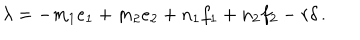
\lambda = - m _ { 1 } e _ { 1 } + m _ { 2 } e _ { 2 } + n _ { 1 } f _ { 1 } + n _ { 2 } f _ { 2 } - r \delta \, .